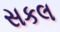
સકલ